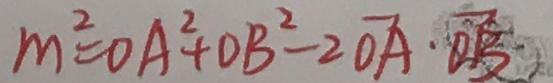
m ^ { 2 } = O A ^ { 2 } + O B ^ { 2 } - 2 \overrightarrow { O A } \cdot \overrightarrow { O B }